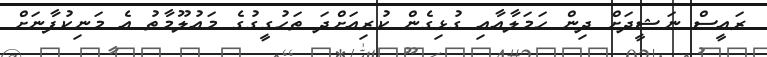
ރައީސް ނަޝީދަށް ދިން ހަމަލާއާއި ގުޅިގެން ކުރިއަށްދަ ތަހުގީގުގެ މައުލޫމާތު އެ މަނިކުފާނަށް